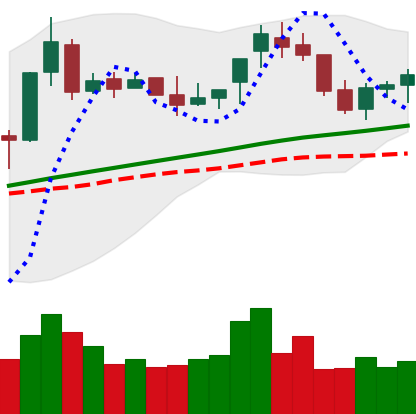
Ticker: BNB-USD
Chart end date: 2018-04-20
Forward return: 5.691%
Label: up_5_7